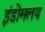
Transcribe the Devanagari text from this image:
इंडोमलय